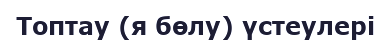
Топтау (я бөлу) үстеулері